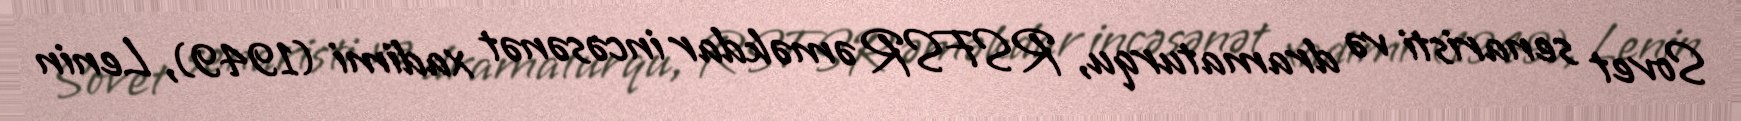
Sovet senaristi və dramaturqu, RSFSR əməkdar incəsənət xadimi (1949), Lenin